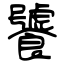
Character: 饕